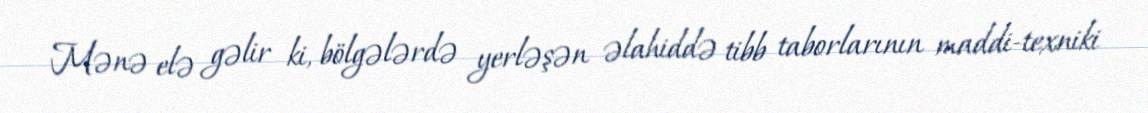
Mənə elə gəlir ki, bölgələrdə yerləşən əlahiddə tibb taborlarının maddi-texniki